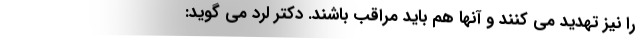
را نیز تهدید می کنند و آنها هم باید مراقب باشند. دکتر لرد می گوید: